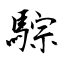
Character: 騌